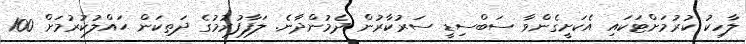
ލާހިކު ކުރުމަށްޓަކައި އެކަށީގެންވާ ސަބްސިޑީ ސަރުކާރުން ދެމުންދާނެ. ލަފާފުރުމުގެ ދަތިކަން ޙައްލުކުރުމަށް 100